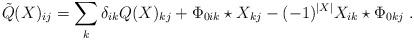
LaTeX: \begin{align*}\tilde{Q}(X)_{ij}=\sum_{k}\delta_{ik}Q(X)_{kj}+\Phi_{0ik}\star X_{kj}-(-1)^{|X|}X_{ik}\star \Phi_{0kj} \ .\end{align*}